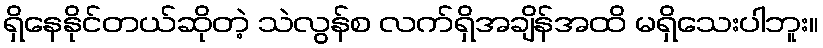
ရှိနေနိုင်တယ်ဆိုတဲ့ သဲလွန်စ လက်ရှိအချိန်အထိ မရှိသေးပါဘူး။